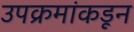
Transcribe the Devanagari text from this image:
उपक्रमांकडून